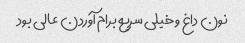
نون داغ و خیلی سریع برام آوردن عالی بود